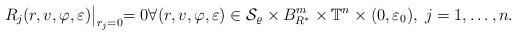
LaTeX: \begin{align*}R_{j}(r,v,\varphi,\varepsilon) \bigl|_{r_{j}=0} = 0 \forall (r, v, \varphi, \varepsilon) \in \mathcal{S}_{\varrho} \times B_{R^{\ast}}^{m} \times \mathbb{T}^{n} \times (0, \varepsilon_{0}), \; j=1, \ldots, n.\end{align*}